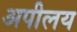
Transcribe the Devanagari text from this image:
अपीलय